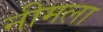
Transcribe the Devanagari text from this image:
नीमला